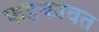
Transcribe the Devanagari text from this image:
फडकावत